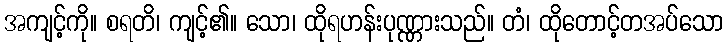
အကျင့်ကို။ စရတိ၊ ကျင့်၏။ သော၊ ထိုရဟန်းပုဏ္ဏားသည်။ တံ၊ ထိုတောင့်တအပ်သော